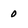
Character: 0